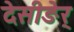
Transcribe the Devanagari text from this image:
देसीङेर्